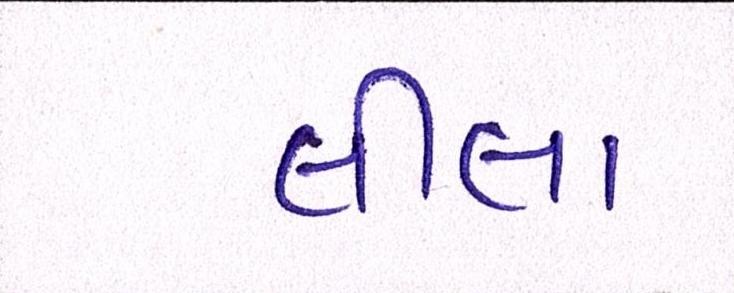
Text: લીલા